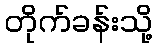
တိုက်ခန်းသို့